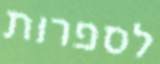
לספרות